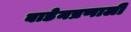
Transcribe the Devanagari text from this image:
बाडेनप्रणाली